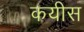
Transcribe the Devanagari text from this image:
कयीस